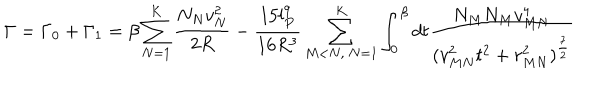
LaTeX: \Gamma = \Gamma _ { 0 } + \Gamma _ { 1 } = \beta \sum _ { N = 1 } ^ { K } \frac { N _ { N } v _ { N } ^ { 2 } } { 2 R } - \frac { 1 5 l _ { P } ^ { 9 } } { 1 6 R ^ { 3 } } \sum _ { M < N , \ N = 1 } ^ { K } \int _ { 0 } ^ { \beta } d t \frac { N _ { M } N _ { M } v _ { M N } ^ { 4 } } { ( v _ { M N } ^ { 2 } { t } ^ { 2 } + r _ { M N } ^ { 2 } ) ^ { \frac { 7 } { 2 } } }